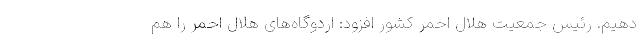
دهیم. رئیس جمعیت هلال احمر کشور افزود: اردوگاه‌های هلال احمر را هم